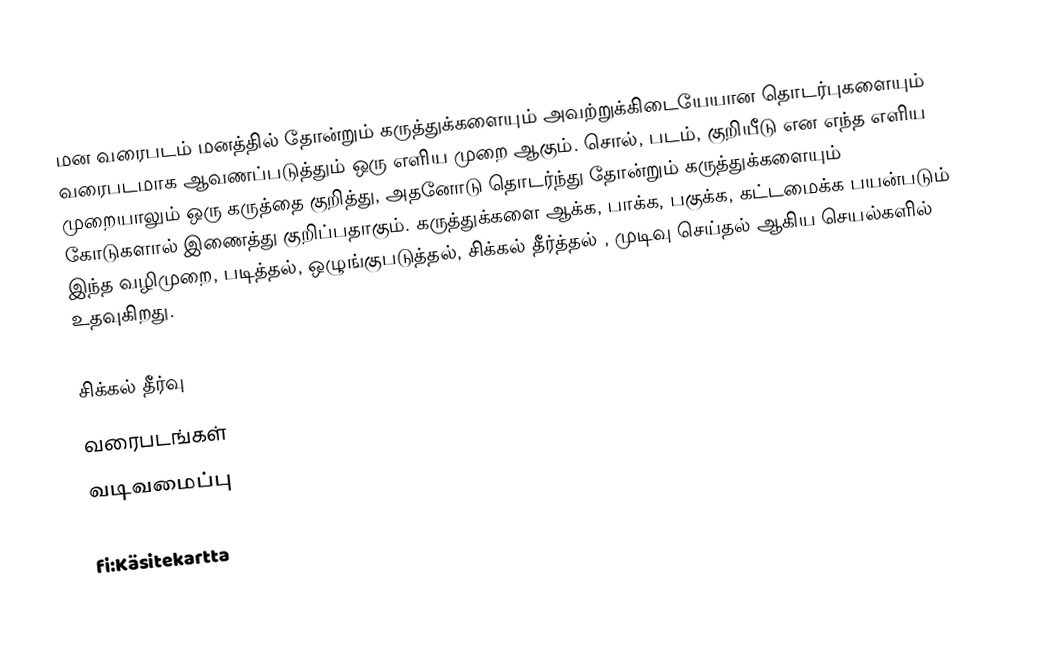
மன வரைபடம் மனத்தில் தோன்றும் கருத்துக்களையும் அவற்றுக்கிடையேயான தொடர்புகளையும் வரைபடமாக ஆவணப்படுத்தும் ஒரு எளிய முறை ஆகும். சொல், படம், குறியீடு என எந்த எளிய முறையாலும் ஒரு கருத்தை குறித்து, அதனோடு தொடர்ந்து தோன்றும் கருத்துக்களையும் கோடுகளால் இணைத்து குறிப்பதாகும். கருத்துக்களை ஆக்க, பாக்க, பகுக்க, கட்டமைக்க பயன்படும் இந்த வழிமுறை, படித்தல், ஒழுங்குபடுத்தல், சிக்கல் தீர்த்தல் , முடிவு செய்தல் ஆகிய செயல்களில் உதவுகிறது.

சிக்கல் தீர்வு
வரைபடங்கள்
வடிவமைப்பு

fi:Käsitekartta